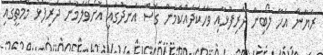
ރެޔާން އެހާ ލޯބިން ދަރިފުޅާއި ވާހަކަދައްކަމުން ގޮސް އެނދުގައި އޮށޯވެލަމުން ދަރިފުޅު މޭމަތީގައި